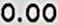
0.00